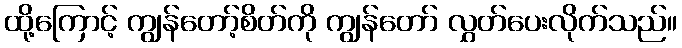
ထို့ကြောင့် ကျွန်တော့်စိတ်ကို ကျွန်တော် လွှတ်ပေးလိုက်သည်။